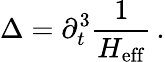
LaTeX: \Delta=\partial_{t}^{3}\frac{1}{H_{\mathrm{eff}}}\, .